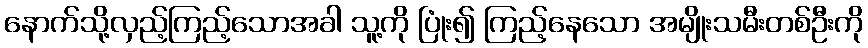
နောက်သို့လှည့်ကြည့်သောအခါ သူ့ကို ပြုံး၍ ကြည့်နေသော အမျိုးသမီးတစ်ဦးကို